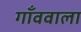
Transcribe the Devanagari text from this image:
गाँववाला